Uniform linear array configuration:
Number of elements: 8
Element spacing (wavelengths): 1
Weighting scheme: exponential
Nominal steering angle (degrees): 30
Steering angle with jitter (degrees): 31.75
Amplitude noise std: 0.05
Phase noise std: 0.05

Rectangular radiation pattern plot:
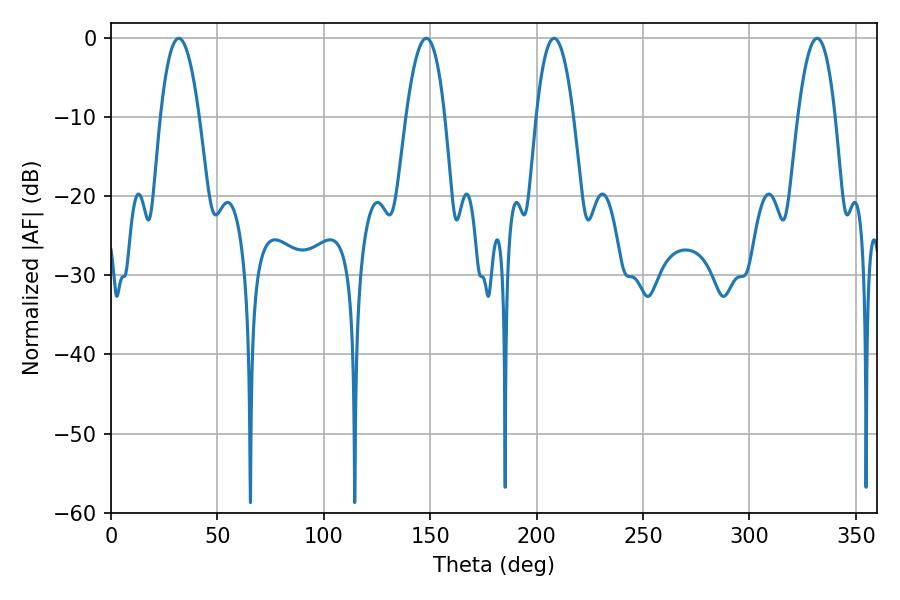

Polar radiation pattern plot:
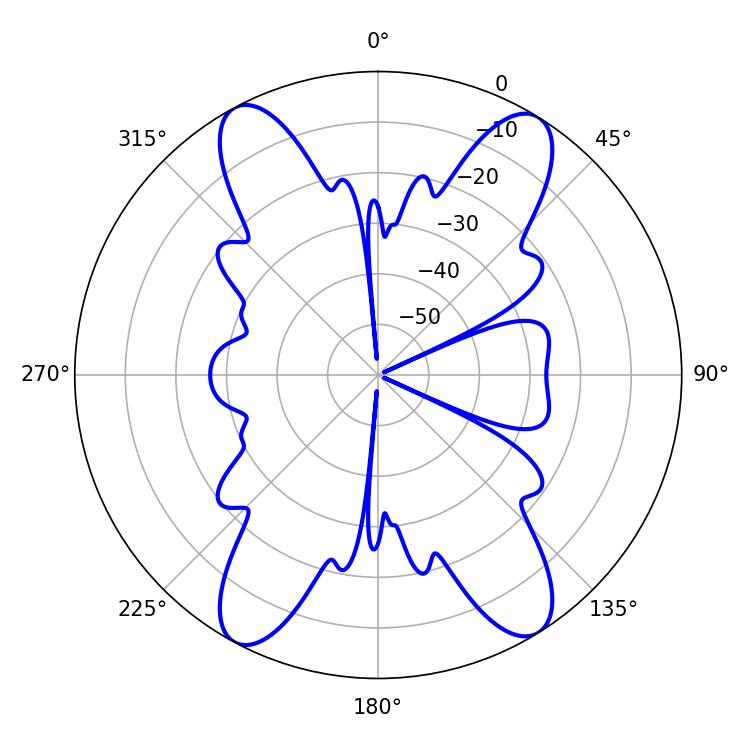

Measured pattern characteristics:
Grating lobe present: TRUE
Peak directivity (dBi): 18.495
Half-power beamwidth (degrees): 10.08
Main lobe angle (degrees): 31.86